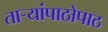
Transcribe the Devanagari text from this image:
ताऱ्यांपाठोपाठ